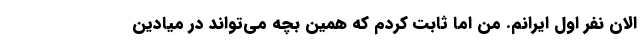
الان نفر اول ایرانم. من اما ثابت کردم که همین بچه می‌تواند در میادین